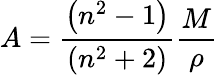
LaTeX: A=\frac{\left(n^{2}-1\right)}{\left(n^{2}+2\right)}\frac{M}{\rho}